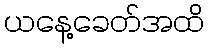
ယနေ့ခေတ်အထိ